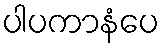
ပါပကာနံပေ